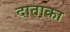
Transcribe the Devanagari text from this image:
दाताका